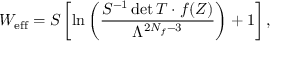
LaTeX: W _ { \mathrm { e f f } } = S \left[ \ln \left( \frac { S ^ { - 1 } \operatorname * { d e t } T \cdot f ( Z ) } { \Lambda ^ { 2 N _ { f } - 3 } } \right) + 1 \right] ,